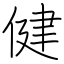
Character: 健